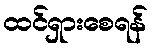
ထင်ရှားစေရန်